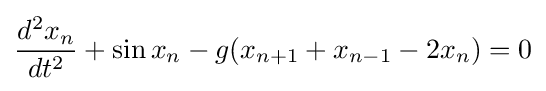
{\frac {d^{2}x_{n}}{dt^{2}}}+\sin x_{n}-g(x_{n+1}+x_{n-1}-2x_{n})=0